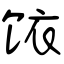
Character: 饻